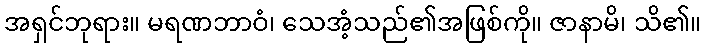
အရှင်ဘုရား။ မရဏဘာဝံ၊ သေအံ့သည်၏အဖြစ်ကို။ ဇာနာမိ၊ သိ၏။